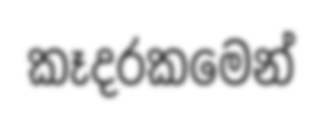
කෑදරකමෙන්